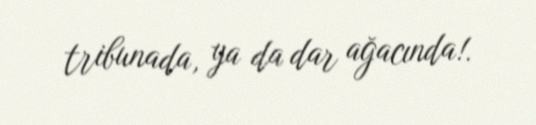
tribunada, ya da dar ağacında!.